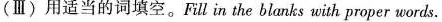
(Ⅲ)用适当的词填空。Fill in the blanks with proper words.